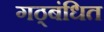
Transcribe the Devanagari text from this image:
गठ्बंधित